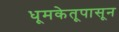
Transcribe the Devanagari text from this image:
धूमकेतूपासून